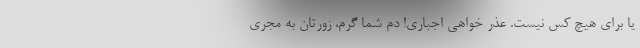
یا برای هیچ کس نیست. عذر خواهی اجباری! دم شما گرم، زورتان به مجری